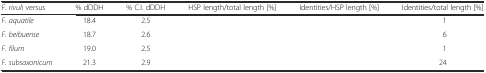
<table><thead><tr><td><b><i>F. rivuli</i> versus</b></td><td><b>% dDDH</b></td><td><b>% C.I. dDDH</b></td><td><b>HSP length/total length [%]</b></td><td><b>Identities/HSP length [%]</b></td><td><b>Identities/total length [%]</b></td></tr></thead><tbody><tr><td><i>F. aquatile</i></td><td>18.4</td><td>2.5</td><td>[EMPTY_CELL]</td><td>[EMPTY_CELL]</td><td>1</td></tr><tr><td><i>F. beibuense</i></td><td>18.7</td><td>2.6</td><td>[EMPTY_CELL]</td><td>[EMPTY_CELL]</td><td>6</td></tr><tr><td><i>F. filum</i></td><td>19.0</td><td>2.5</td><td>[EMPTY_CELL]</td><td>[EMPTY_CELL]</td><td>1</td></tr><tr><td><i>F. subsaxonicum</i></td><td>21.3</td><td>2.9</td><td>[EMPTY_CELL]</td><td>[EMPTY_CELL]</td><td>24</td></tr></tbody></table>